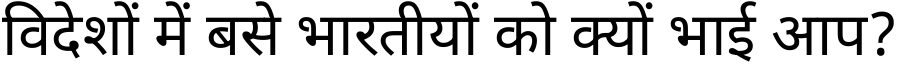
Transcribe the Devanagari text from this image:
विदेशों में बसे भारतीयों को क्यों भाई आप?